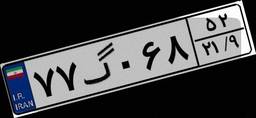
۷۷گ۰۶۸۵۲